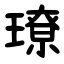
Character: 璙